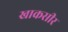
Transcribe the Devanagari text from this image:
खाकसीर